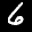
Label: 6